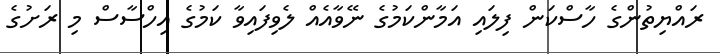
ރައްޔިތުންގެ ހާސްކަން ފިލައި އަމާންކަމުގެ ނޭވާއެއް ލެވިފައިވާ ކަމުގެ އިހްސާސް މި ރަށުގެ